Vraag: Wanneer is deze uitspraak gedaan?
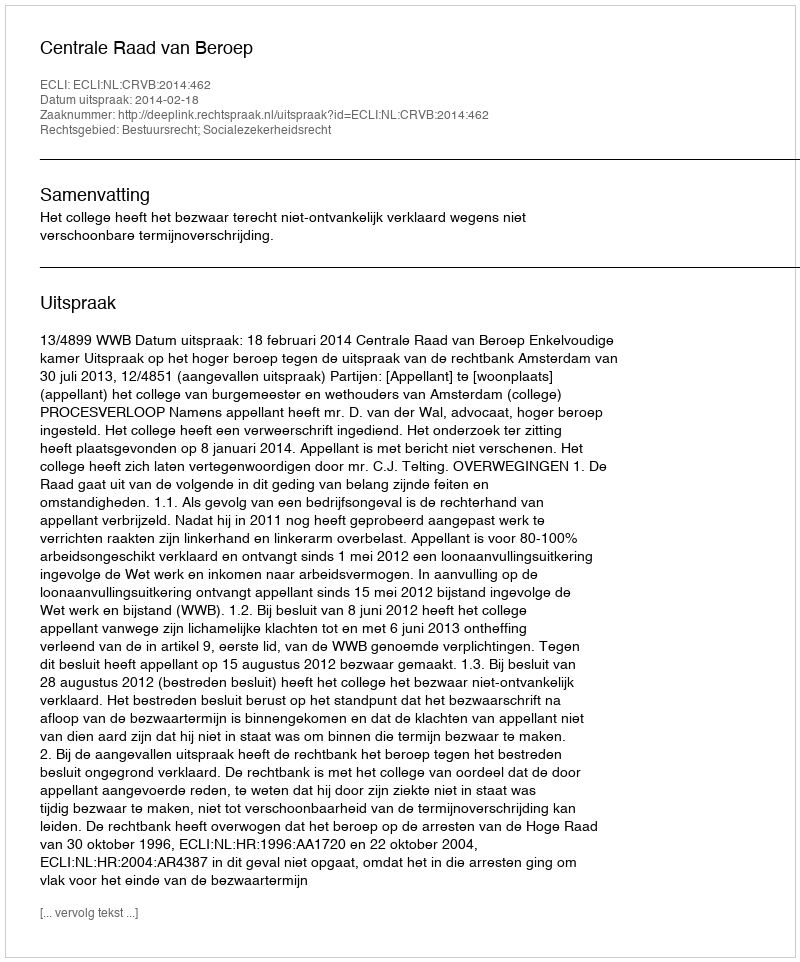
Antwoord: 2014-02-18